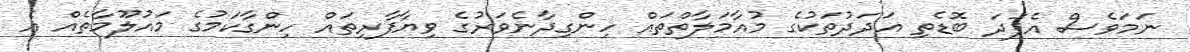
ނަމަވެސް އެފަދަ ބޮޑެތި އަދަދުތަކުގެ މުއާމަލާތްތައް ހިންގިދާނެވަރުގެ ވިޔާފާރިތައް ހިންގާކަމުގެ މައުލޫމާތެއް އެ